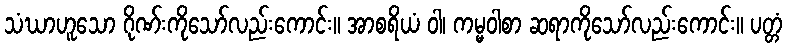
သံဃာဟူသော ဂိုဏ်းကိုသော်လည်းကောင်း။ အာစရိယံ ဝါ၊ ကမ္မဝါစာ ဆရာကိုသော်လည်းကောင်း။ ပတ္တံ